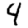
Digit: 4